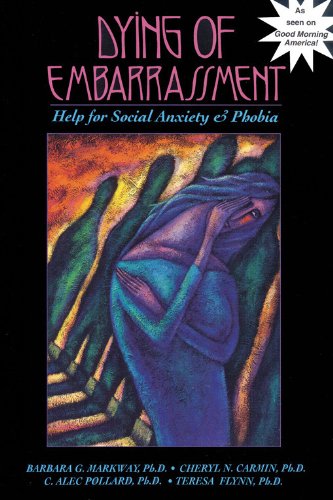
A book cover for Dying of Embarrassment: Help for Social Anxiety and Phobia; Barbara G. Markway; Health, Fitness & Dieting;